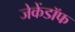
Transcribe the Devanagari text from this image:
जेकेंडॉफ